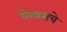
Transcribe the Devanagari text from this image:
वेगासचे